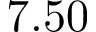
7 . 5 0